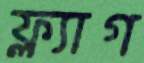
ফ্ল্যাগ